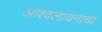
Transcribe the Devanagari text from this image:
आश्वलायनाचा